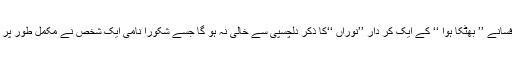
یہاں ان کے افسانے ’’ بھٹکا ہوا ‘‘ کے ایک کر دار ’’نوراں ‘‘کا ذکر دلچسپی سے خالی نہ ہو گا جسے شکورا نامی ایک شخص نے مکمل طور پر منہدم کر دیا۔